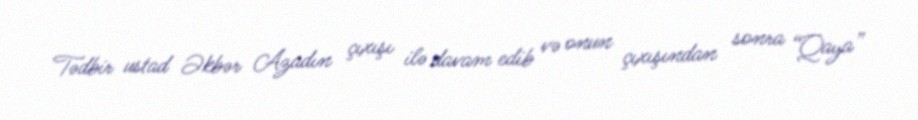
Tədbir ustad Əkbər Azadın çıxışı ilə davam edib və onun çıxışından sonra “Qaya”